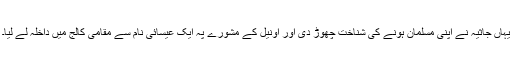
یہاں جاثیہ نے اپنی مسلمان ہونے کی شناخت چھوڑ دی اور اونیل کے مشورے پہ ایک عیسائی نام سے مقامی کالج میں داخلہ لے لیا۔